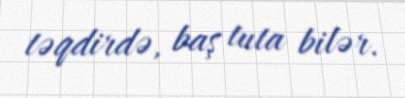
təqdirdə, baş tuta bilər.